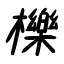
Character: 櫟